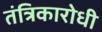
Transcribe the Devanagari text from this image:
तंत्रिकारोधी